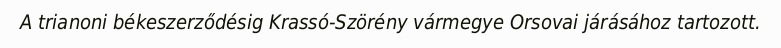
A trianoni békeszerződésig Krassó-Szörény vármegye Orsovai járásához tartozott.